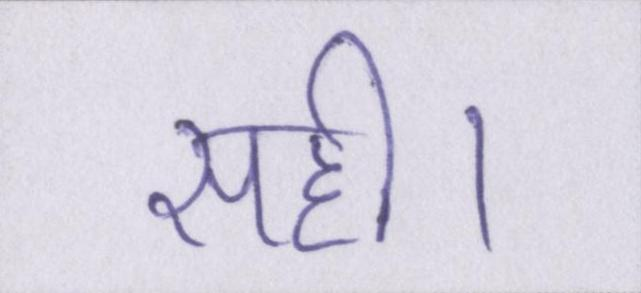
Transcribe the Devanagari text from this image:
सही।